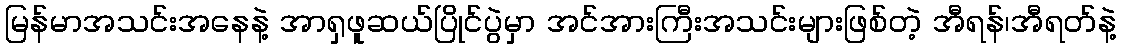
မြန်မာအသင်းအနေနဲ့ အာရှဖူဆယ်ပြိုင်ပွဲမှာ အင်အားကြီးအသင်းများဖြစ်တဲ့ အီရန်၊အီရတ်နဲ့